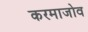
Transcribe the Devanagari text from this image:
करमाजोव